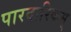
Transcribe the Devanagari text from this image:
पारदारिकम्